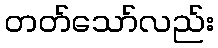
တတ်သော်လည်း